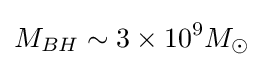
M_{BH}\sim 3\times 10^{9}M_{\odot }